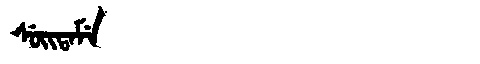
Manchu: ᠰᡠᡳᡨᠠᠮᡝ
Romanization: SUITAME